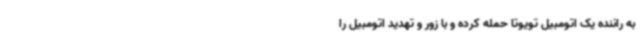
به راننده یک اتومبیل تویوتا حمله کرده و با زور و تهدید اتومبیل را